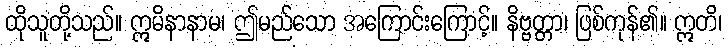
ထိုသူတို့သည်။ ဣမိနာနာမ၊ ဤမည်သော အကြောင်းကြောင့်။ နိဗ္ဗတ္တာ၊ ဖြစ်ကုန်၏။ ဣတိ၊